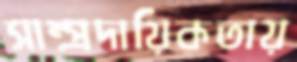
সাম্প্রদায়িকতায়